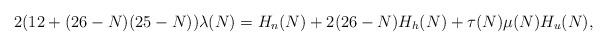
LaTeX: \begin{align*}2(12+(26-N)(25-N))\lambda(N)= H_n(N)+2(26-N) H_h(N)+\tau(N)\mu(N) H_u(N), \end{align*}